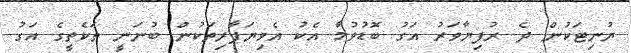
ޔުނިޓަކުން ދެ ރުފިޔާވަރު އަގު ބޮޑުވުމާ އެކު އެވިޔަފާރިތަކުން ބުނަނީ ތަކެތީގެ އަގު